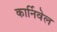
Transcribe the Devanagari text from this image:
कार्निवेल